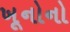
ખૂનોનો